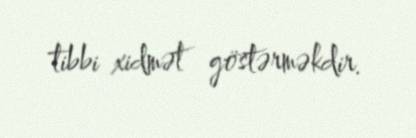
tibbi xidmət göstərməkdir.